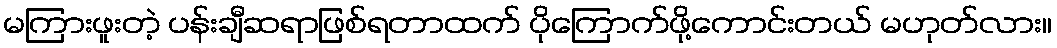
မကြားဖူးတဲ့ ပန်းချီဆရာဖြစ်ရတာထက် ပိုကြောက်ဖို့ကောင်းတယ် မဟုတ်လား။